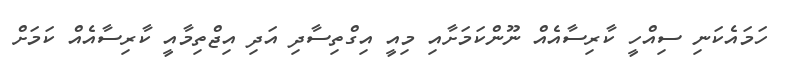
ހަމައެކަނި ސިއްހީ ކާރިސާއެއް ނޫންކަމަށާއި މިއީ އިގްތިސާދި އަދި އިޖްތިމާއީ ކާރިސާއެއް ކަމަށް